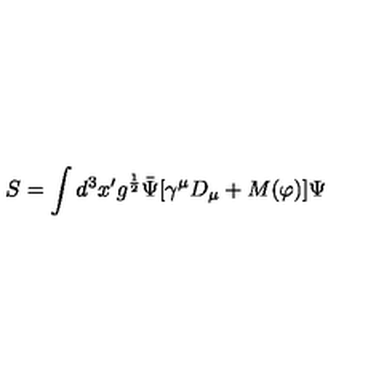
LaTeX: S = \int d ^ { 3 } x ^ { \prime } g ^ { \frac { 1 } { 2 } } { \bar { \Psi } } [ \gamma ^ { \mu } D _ { \mu } + M ( \varphi ) ] \Psi